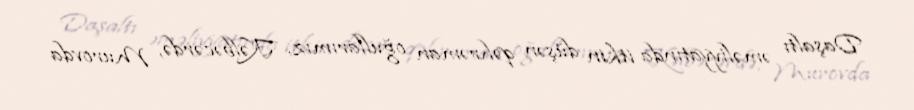
Daşaltı əməliyyatında itkin düşən qəhrəman oğullarımız, Kəlbəcərdə, Murovda